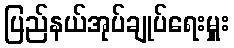
ပြည်နယ်အုပ်ချုပ်ရေးမှူး